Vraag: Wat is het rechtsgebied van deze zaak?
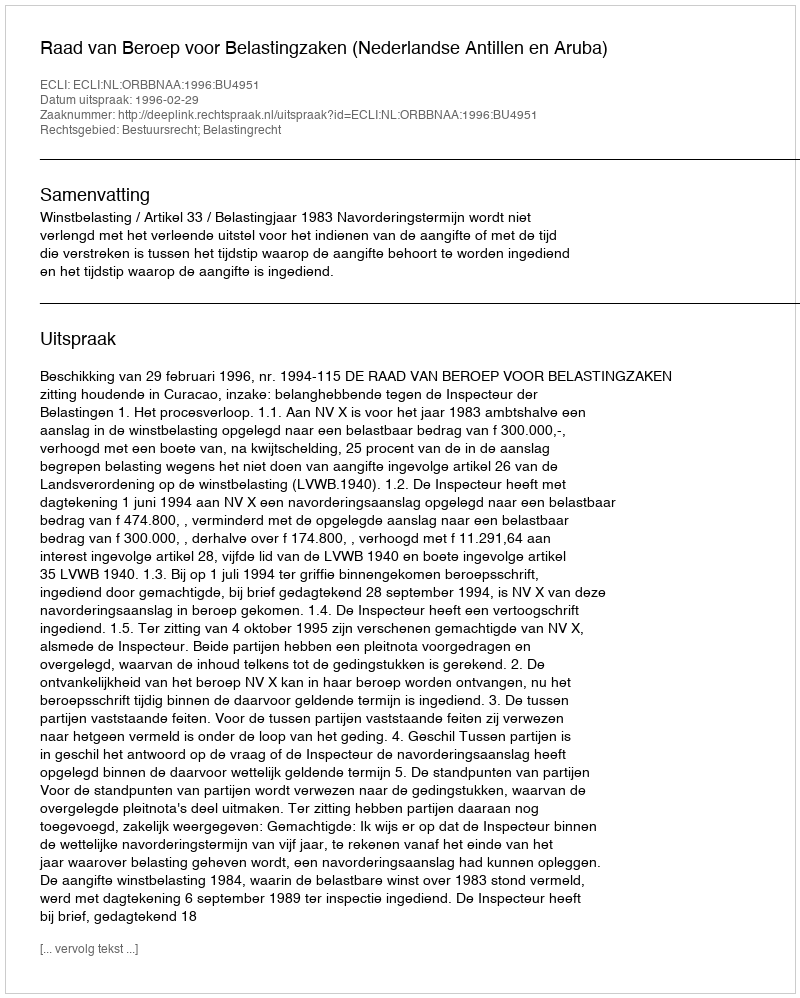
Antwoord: Bestuursrecht; Belastingrecht